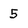
Character: 5